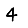
Digit: 4